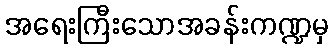
အရေးကြီးသောအခန်းကဏ္ဍမှ